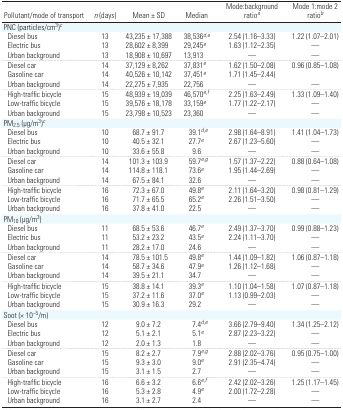
<table><thead><tr><td><b>Pollutant/mode of transport</b></td><td><b><i>n</i> (days)</b></td><td><b>Mean ± SD</b></td><td><b>Median</b></td><td><b>Mode:background ratioa</b></td><td><b>Mode 1:mode 2 ratiob</b></td></tr></thead><tbody><tr><td colspan="6">PNC (particles/cm<sup>3</sup>)c</td></tr><tr><td> Diesel bus</td><td>13</td><td>43,235 ± 17,388</td><td>38,536d,e</td><td>2.54 (1.16–3.33)</td><td>1.22 (1.07–2.01)</td></tr><tr><td> Electric bus</td><td>13</td><td>28,602 ± 8,399</td><td>29,245e</td><td>1.63 (1.12–2.35)</td><td>—</td></tr><tr><td> Urban background</td><td>13</td><td>18,908 ± 10,697</td><td>13,913</td><td>—</td><td>—</td></tr><tr><td> Diesel car</td><td>14</td><td>37,129 ± 8,262</td><td>37,831e</td><td>1.62 (1.50–2.08)</td><td>0.96 (0.85–1.08)</td></tr><tr><td> Gasoline car</td><td>14</td><td>40,526 ± 10,142</td><td>37,451e</td><td>1.71 (1.45–2.44)</td><td></td></tr><tr><td> Urban background</td><td>14</td><td>22,275 ± 7,935</td><td>22,756</td><td>—</td><td>—</td></tr><tr><td> High-traffic bicycle</td><td>15</td><td>48,939 ± 19,039</td><td>46,570e,f</td><td>2.25 (1.63–2.49)</td><td>1.33 (1.09–1.40)</td></tr><tr><td> Low-traffic bicycle</td><td>15</td><td>39,576 ± 18,178</td><td>33,159e</td><td>1.77 (1.22–2.17)</td><td>—</td></tr><tr><td> Urban background</td><td>15</td><td>23,798 ± 10,523</td><td>23,360</td><td>—</td><td>—</td></tr><tr><td colspan="6">PM<sub>2.5</sub> (μg/m<sup>3</sup>)c</td></tr><tr><td> Diesel bus</td><td>10</td><td>68.7 ± 91.7</td><td>39.1d,e</td><td>2.98 (1.64–8.91)</td><td>1.41 (1.04–1.73)</td></tr><tr><td> Electric bus</td><td>10</td><td>40.5 ± 32.1</td><td>27.7e</td><td>2.67 (1.23–5.60)</td><td>—</td></tr><tr><td> Urban background</td><td>10</td><td>33.6 ± 55.8</td><td>9.6</td><td>—</td><td>—</td></tr><tr><td> Diesel car</td><td>14</td><td>101.3 ± 103.9</td><td>59.7e,g</td><td>1.57 (1.37–2.22)</td><td>0.88 (0.64–1.08)</td></tr><tr><td> Gasoline car</td><td>14</td><td>114.8 ± 118.1</td><td>73.6e</td><td>1.95 (1.44–2.69)</td><td>—</td></tr><tr><td> Urban background</td><td>14</td><td>67.5 ± 84.1</td><td>32.6</td><td>—</td><td>—</td></tr><tr><td> High-traffic bicycle</td><td>16</td><td>72.3 ± 67.0</td><td>49.8e</td><td>2.11 (1.64–3.20)</td><td>0.98 (0.81–1.29)</td></tr><tr><td> Low-traffic bicycle</td><td>16</td><td>71.7 ± 65.5</td><td>65.2e</td><td>2.26 (1.51–3.50)</td><td>—</td></tr><tr><td> Urban background</td><td>16</td><td>37.8 ± 41.0</td><td>22.5</td><td>—</td><td>—</td></tr><tr><td colspan="6">PM<sub>10</sub> (μg/m<sup>3</sup>)</td></tr><tr><td> Diesel bus</td><td>11</td><td>68.5 ± 53.6</td><td>46.7e</td><td>2.49 (1.37–3.70)</td><td>0.99 (0.88–1.23)</td></tr><tr><td> Electric bus</td><td>11</td><td>53.2 ± 23.2</td><td>43.5e</td><td>2.24 (1.11–3.70)</td><td>—</td></tr><tr><td> Urban background</td><td>11</td><td>28.2 ± 17.0</td><td>24.6</td><td>—</td><td>—</td></tr><tr><td> Diesel car</td><td>14</td><td>78.5 ± 101.5</td><td>49.8e</td><td>1.44 (1.09–1.82)</td><td>1.06 (0.87–1.18)</td></tr><tr><td> Gasoline car</td><td>14</td><td>58.7 ± 34.6</td><td>47.9e</td><td>1.26 (1.12–1.68)</td><td>—</td></tr><tr><td> Urban background</td><td>14</td><td>39.5 ± 21.1</td><td>34.7</td><td>—</td><td>—</td></tr><tr><td> High-traffic bicycle</td><td>15</td><td>38.8 ± 14.1</td><td>39.3e</td><td>1.10 (1.04–1.58)</td><td>1.07 (0.87–1.18)</td></tr><tr><td> Low-traffic bicycle</td><td>15</td><td>37.2 ± 11.6</td><td>37.0e</td><td>1.13 (0.99–2.03)</td><td>—</td></tr><tr><td> Urban background</td><td>15</td><td>30.9 ± 16.3</td><td>29.2</td><td>—</td><td>—</td></tr><tr><td colspan="6">Soot (× 10<sup>−5</sup>/m)</td></tr><tr><td> Diesel bus</td><td>12</td><td>9.0 ± 7.2</td><td>7.4d,e</td><td>3.66 (2.79–9.40)</td><td>1.34 (1.25–2.12)</td></tr><tr><td> Electric bus</td><td>12</td><td>5.1 ± 2.1</td><td>5.1e</td><td>2.87 (2.23–3.22)</td><td>—</td></tr><tr><td> Urban background</td><td>12</td><td>2.0 ± 1.3</td><td>1.8</td><td>—</td><td>—</td></tr><tr><td> Diesel car</td><td>15</td><td>8.2 ± 2.7</td><td>7.9e,g</td><td>2.88 (2.02–3.76)</td><td>0.95 (0.75–1.00)</td></tr><tr><td> Gasoline car</td><td>15</td><td>9.3 ± 3.0</td><td>9.0e</td><td>2.91 (2.35–4.74)</td><td>—</td></tr><tr><td> Urban background</td><td>15</td><td>3.1 ± 1.5</td><td>2.7</td><td>—</td><td>—</td></tr><tr><td> High-traffic bicycle</td><td>16</td><td>6.6 ± 3.2</td><td>6.6e,f</td><td>2.42 (2.02–3.26)</td><td>1.25 (1.17–1.45)</td></tr><tr><td> Low-traffic bicycle</td><td>16</td><td>5.3 ± 2.8</td><td>4.9e</td><td>2.00 (1.72–2.28)</td><td>—</td></tr><tr><td> Urban background</td><td>16</td><td>3.1 ± 2.7</td><td>2.4</td><td>—</td><td>—</td></tr></tbody></table>